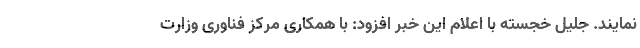
نمایند. جلیل خجسته با اعلام این خبر افزود: با همکاری مرکز فناوری وزارت